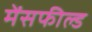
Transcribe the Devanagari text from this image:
मेंसफील्ड